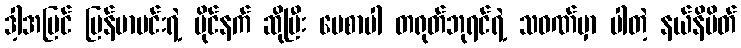
ဒါ့အပြင် မြန်မာမင်းရဲ့ ပိုင်နက် ဆိုပြီး ပေစာပါ တရုတ်ဘုရင်ရဲ့ သဝဏ်မှာ ပါတဲ့ နယ်နိမိတ်